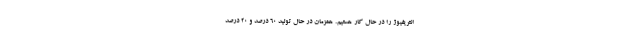
انتریفیوژ را در حال کار هستیم. همزمان در حال تولید 60 درصد و 20 درصد